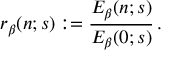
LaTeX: r _ { \beta } ( n ; s ) : = { \frac { E _ { \beta } ( n ; s ) } { E _ { \beta } ( 0 ; s ) } } \, .